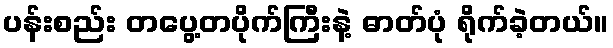
ပန်းစည်း တပွေ့တပိုက်ကြီးနဲ့ ဓာတ်ပုံ ရိုက်ခဲ့တယ်။